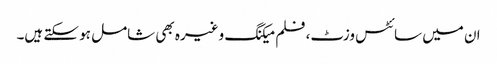
ان میں سائٹس وزٹ، فلم میکنگ وغیرہ بھی شامل ہو سکتے ہیں۔